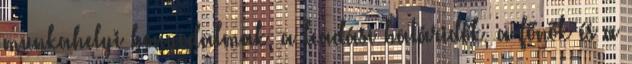
munkahelyi bonyodalmak, a leadási határidők, a főnök és a